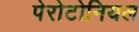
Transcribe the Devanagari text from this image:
पेरोटोनियल